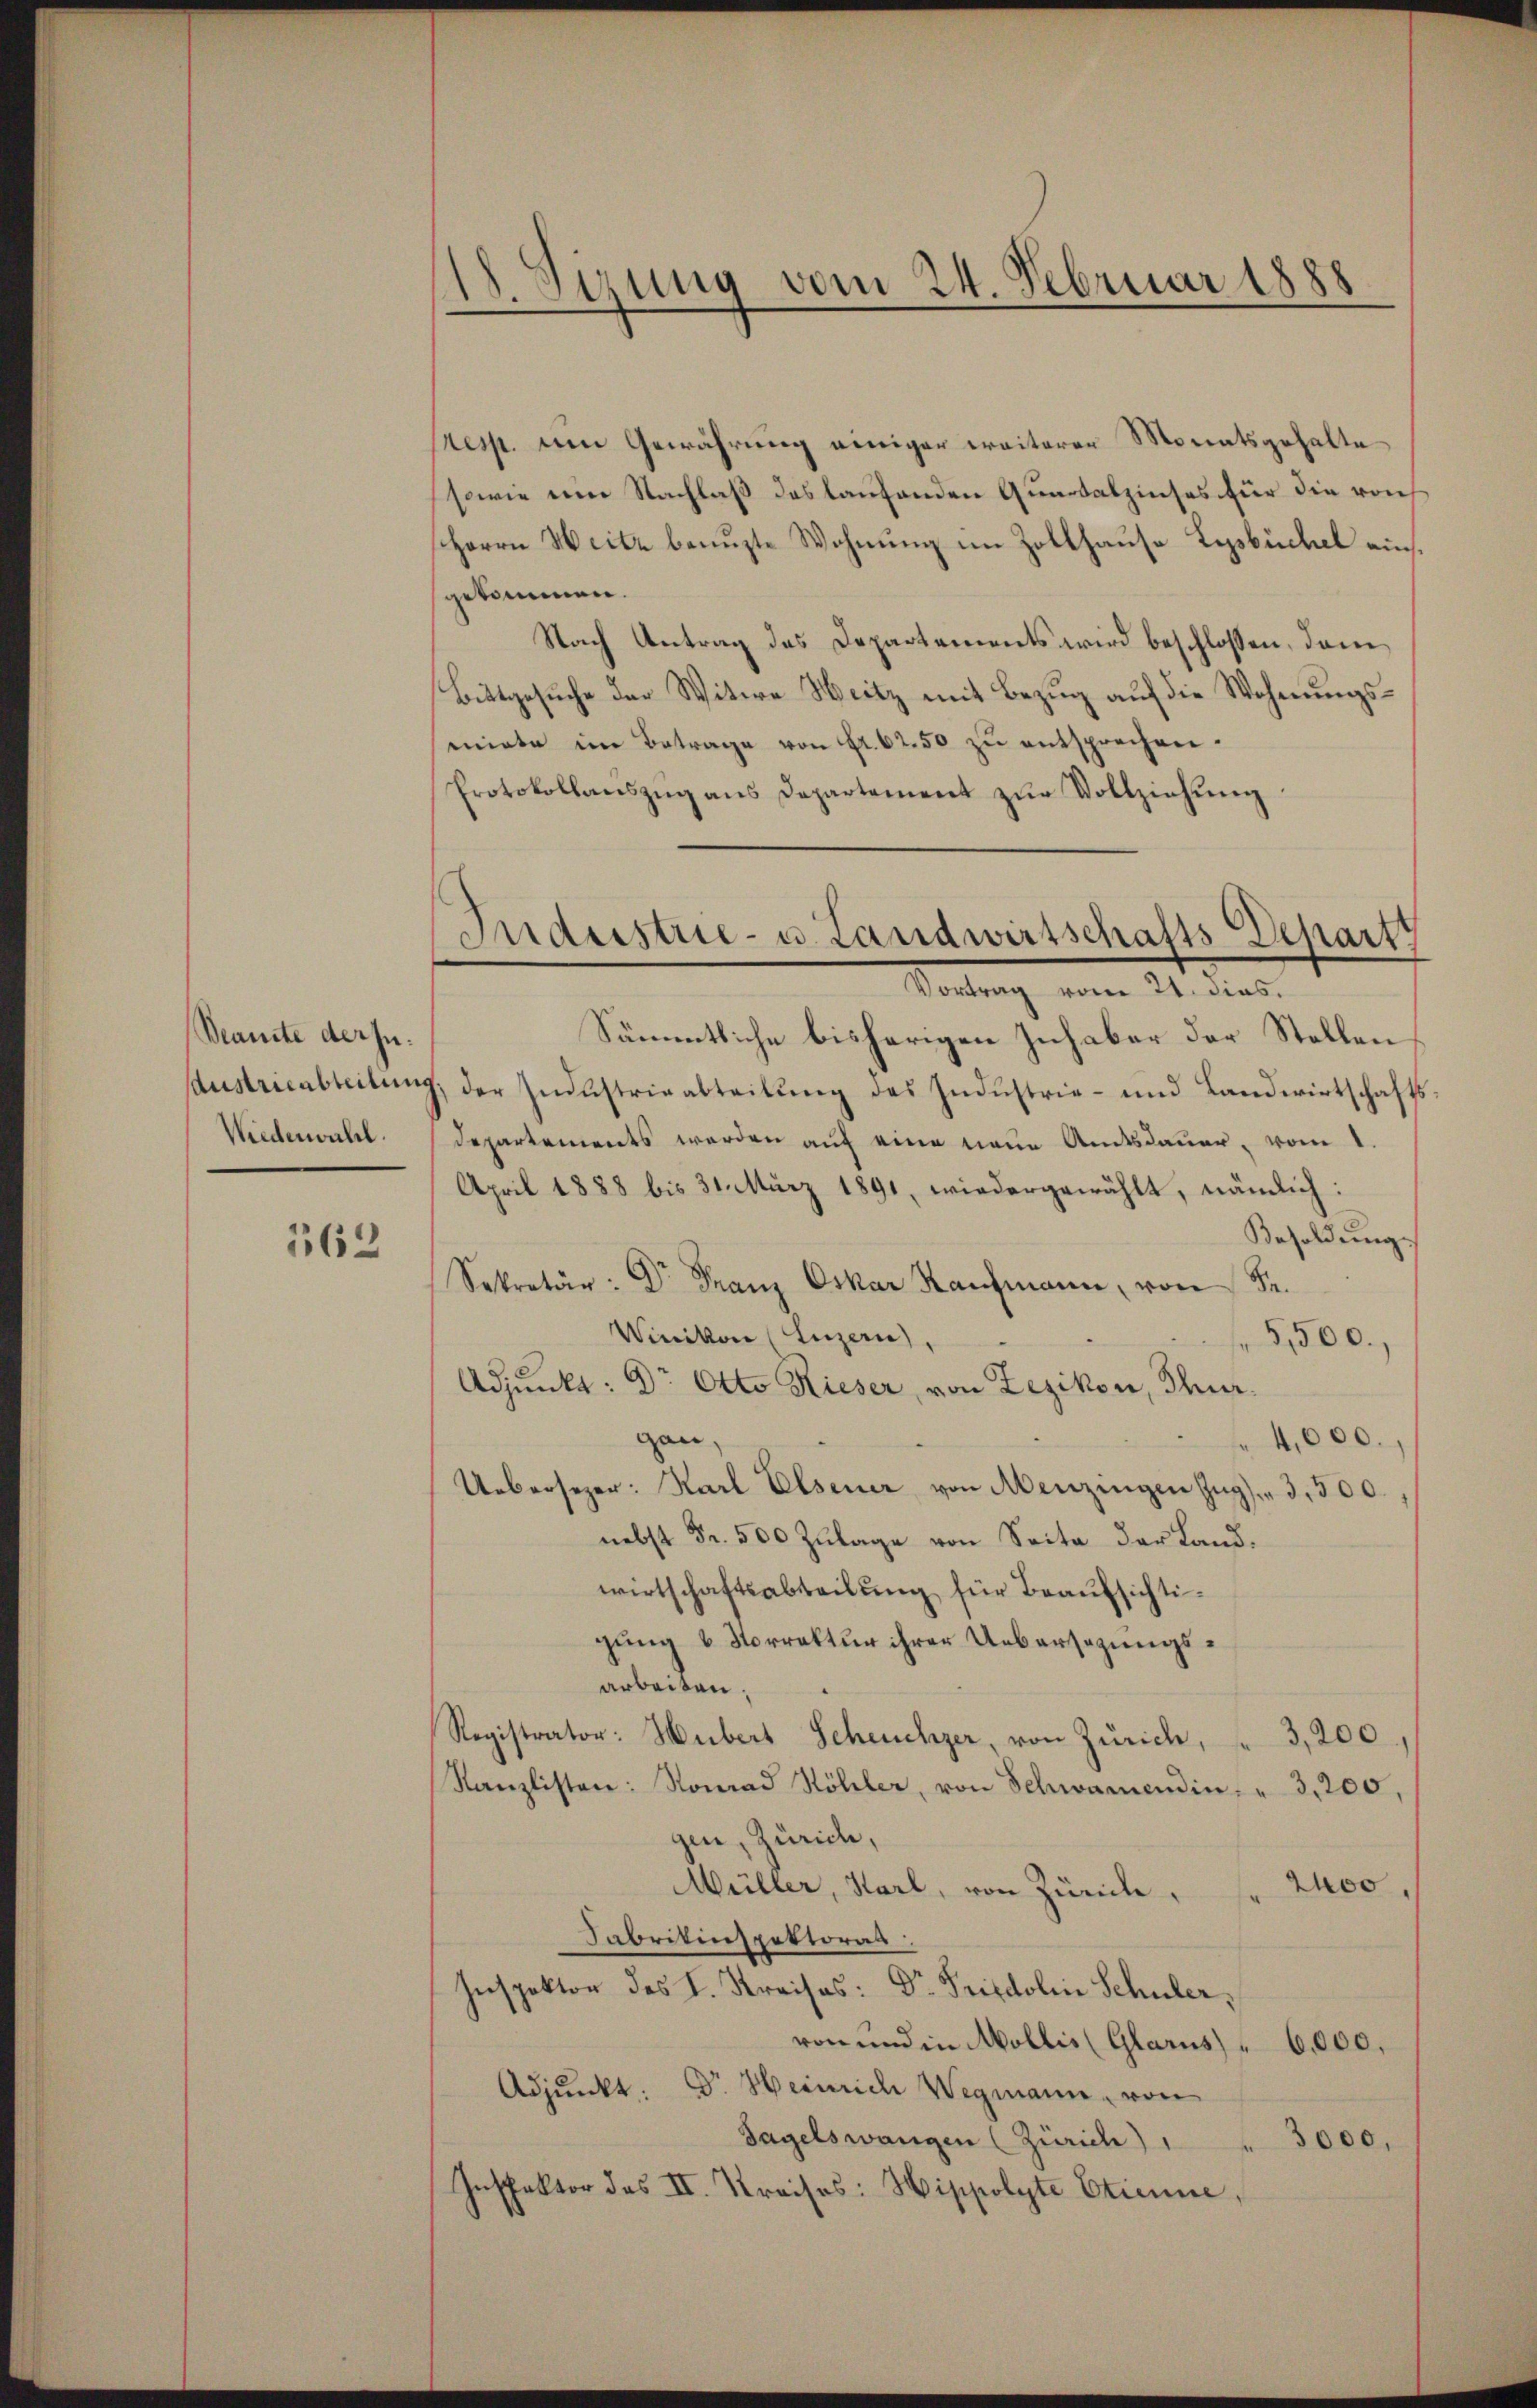
Beamte der zu.
Wiederwahl.

362

zung vom 24. Februar 1888
.

(resp. um Gewährung einiger weiterer Monatsgehalte
sowie um Nachlaß des laufenden Quartalzinses für die von
sherrn Weite benuzte Wohnung im Zollhause Lysbüchel einsgekommen.
Nach Antrag des Departements wird beschlossen, dann
Bittgesuche der Witwe Heitz mit Bezug auf die Wohnungssmiete im Betrage von Fr. 62.50 zu entsprechen.
Protokollanszŭg ans Departement zŭr Vollziehŭng

Sämmtliche bisherigen Inhaber der Stellen,
Aaustricableitung, der Industrieabteilung des Industrie- und Landwirtschafts¬
Departements werden auf eine neue Amtsdauer, vom 1.
April 1888 bis 31. März 1891, wiedergewählt, nämlich:
Besoldung.
Sekretär: Dr Franz Oskar Kaŭfmann, von Sr.
Winikon (Luzern,
5,500.
Adjunkt: Dr. Otto Rieser, von Zezikon, Thurgan
4,000.
Uebersezer: Karl Elsener von Menzingen Zug. " 3,500.
nebst Fr. 500 Zulage von Seite der Landwirtschaftsabteilung für Beaufsichtigung & Korrektur ihrer Uebersezungsarbeiten.
Registrator: Hubert Scheuchzer, von Zürich,
3,200
Kanzlisten: Nomad Köhler, von Schwamendin, " 3,200,
gen, Zürich,
200,
Müller, Karl, von Zürich,
Fabrikinspektorat
Inspektor des I. Kreises: Dr. Fridolin Schuler,
von und in Mollis (Glarus " 6,000.
Adjunkt: Dr. Heinriche Wegmann, von
Tagelswangen (Zürich) 1
3000,
Inspektor des II. Kreises: Hippolyte Etienne,

Industrie- u. Landwirtschafts-Departi
Vortrag vom 24. den